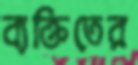
ব্যক্তিতের